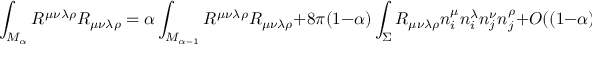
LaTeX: \int _ { { \cal M } _ { \alpha } } R ^ { \mu \nu \lambda \rho } R _ { \mu \nu \lambda \rho } = \alpha \int _ { { \cal M } _ { \alpha = 1 } } R ^ { \mu \nu \lambda \rho } R _ { \mu \nu \lambda \rho } + 8 \pi ( 1 - \alpha ) \int _ { \Sigma } R _ { \mu \nu \lambda \rho } n _ { i } ^ { \mu } n _ { i } ^ { \lambda } n _ { j } ^ { \nu } n _ { j } ^ { \rho } + O ( ( 1 - \alpha ) ^ { 2 } ) ~ ~ ~ ,